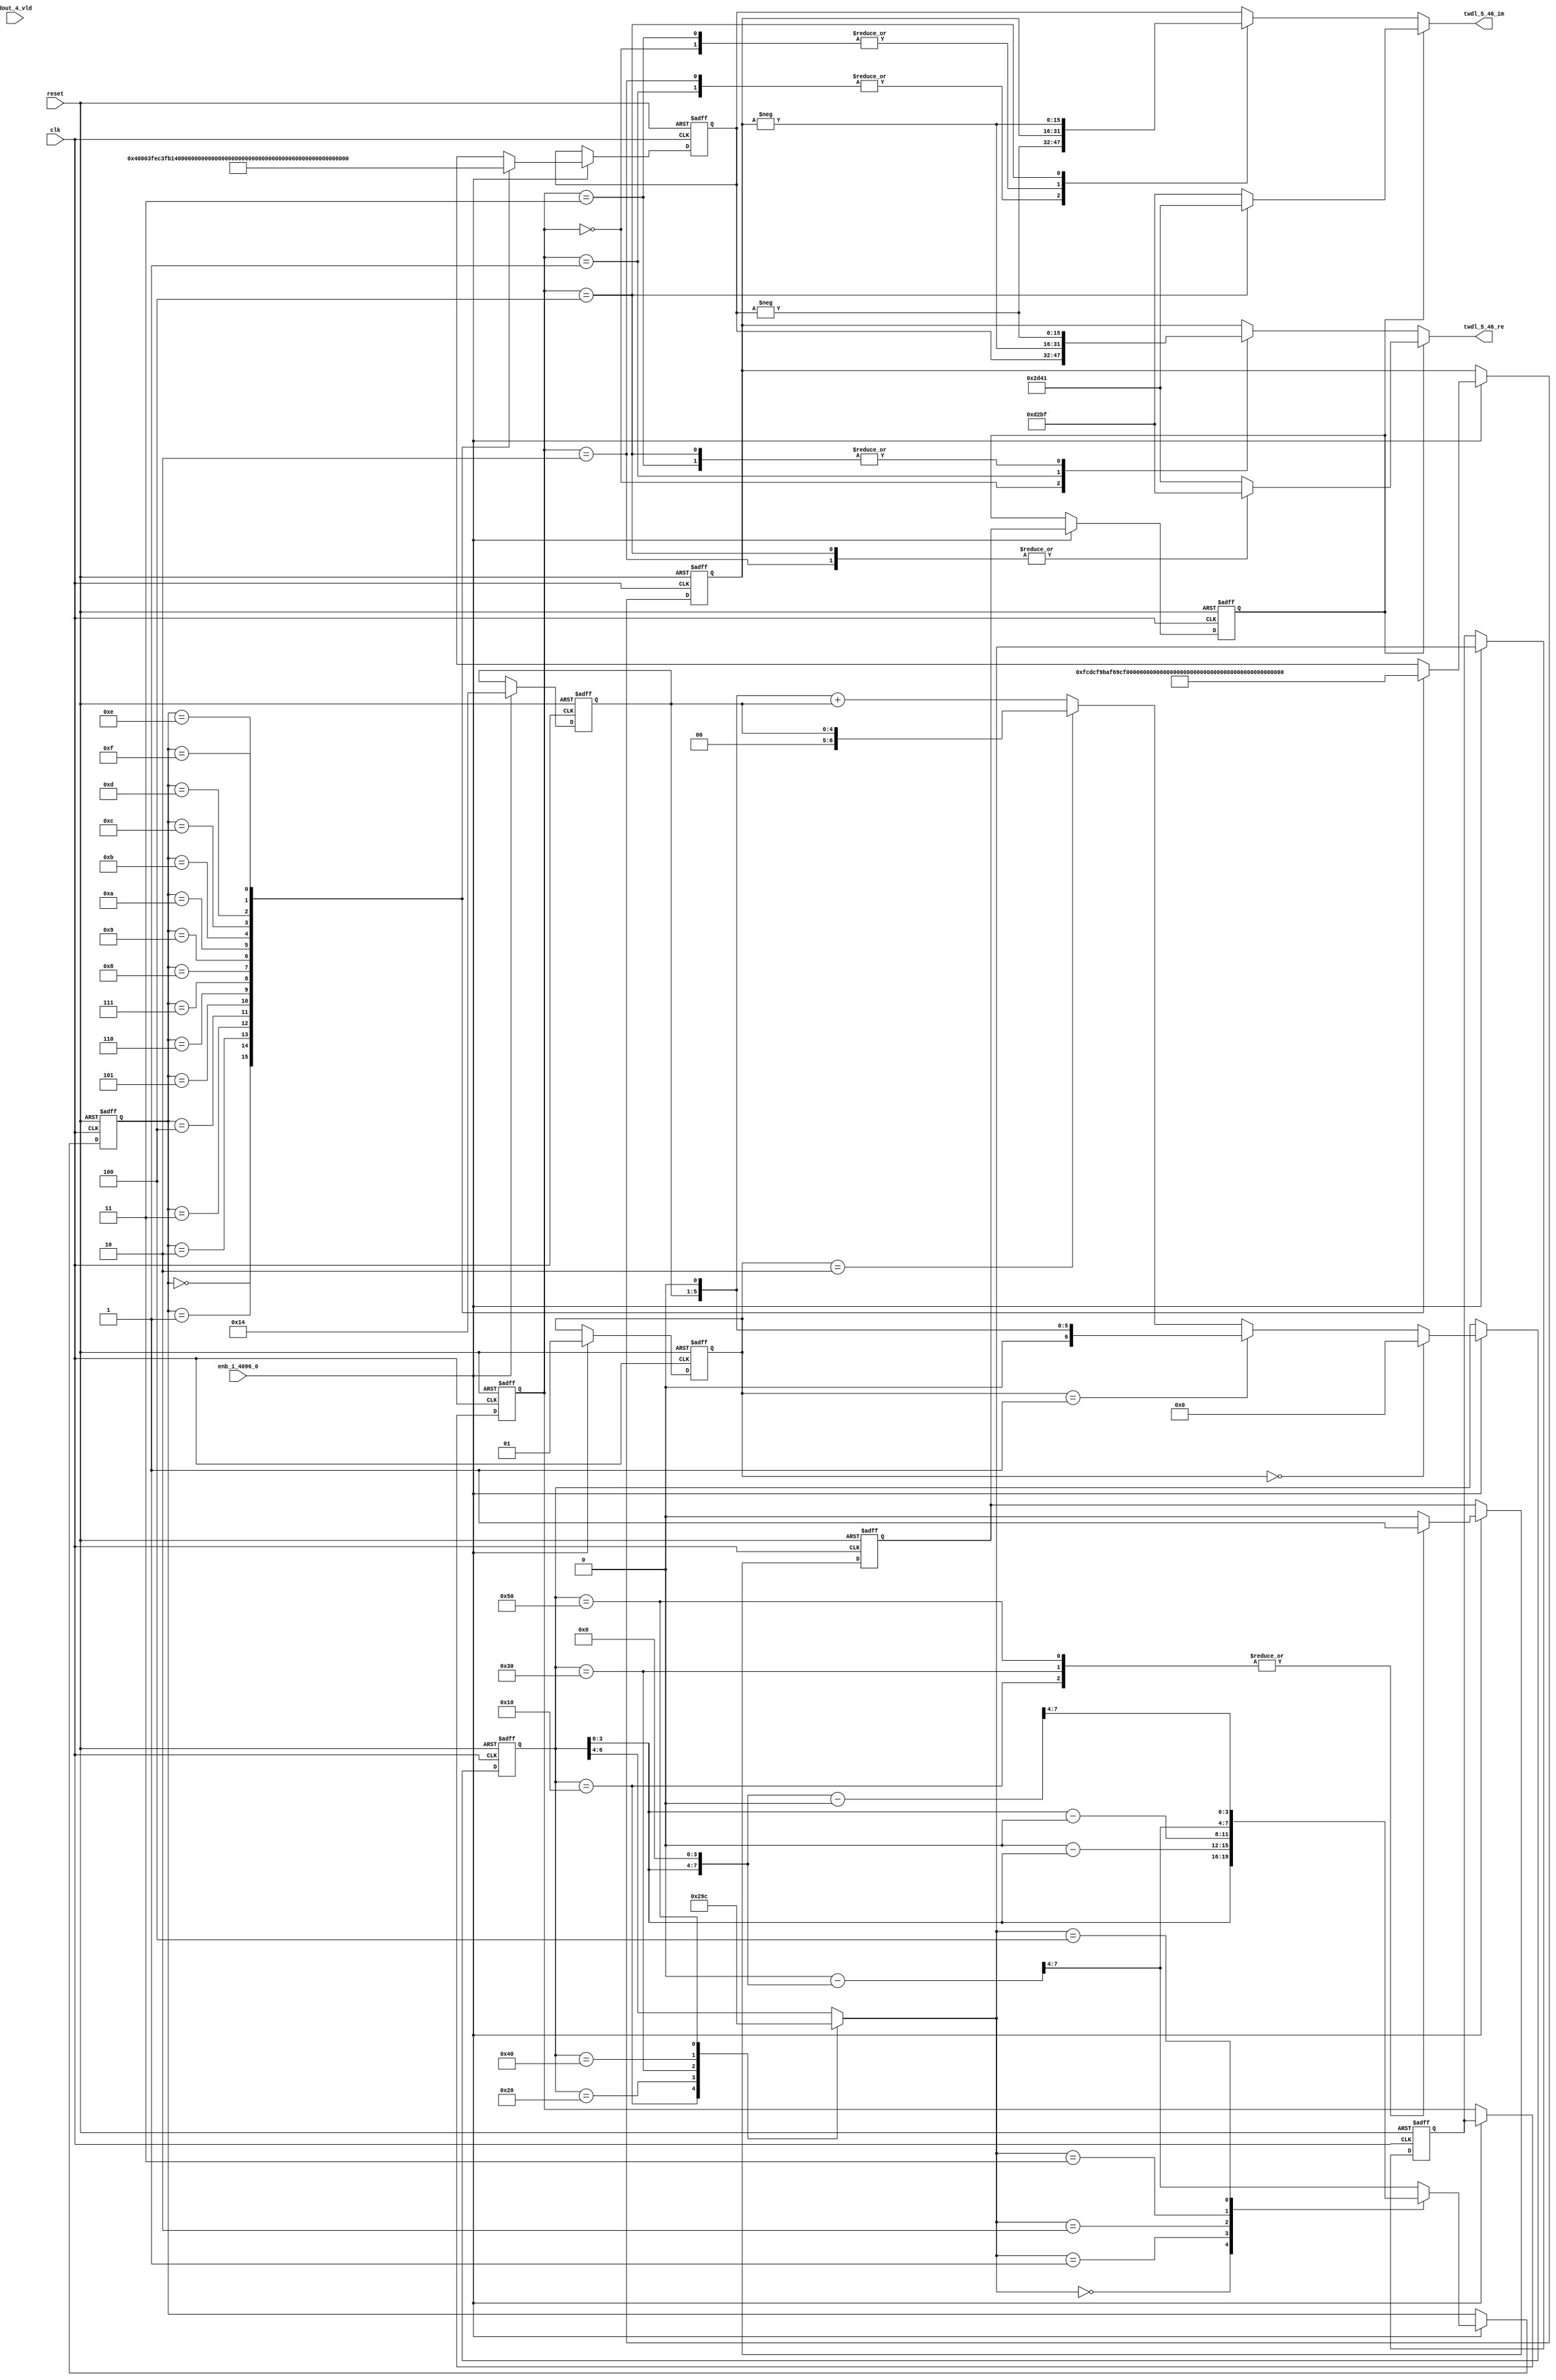
// -------------------------------------------------------------
// 
// 
// Generated by MATLAB 9.14 and HDL Coder 4.1
// 
// -------------------------------------------------------------


// -------------------------------------------------------------
// 
// Module: TWDLROM_5_46
// Source Path: dsphdl.IFFT/TWDLROM_5_46
// Hierarchy Level: 4
// 
// -------------------------------------------------------------

`timescale 1 ns / 1 ns

module TWDLROM_5_46
          (clk,
           reset,
           enb_1_4096_0,
           dout_4_vld,
           twdl_5_46_re,
           twdl_5_46_im);


  input   clk;
  input   reset;
  input   enb_1_4096_0;
  input   dout_4_vld;
  output  signed [15:0] twdl_5_46_re;  // sfix16_En14
  output  signed [15:0] twdl_5_46_im;  // sfix16_En14


  reg [4:0] Radix22TwdlMapping_cnt;  // ufix5
  reg [1:0] Radix22TwdlMapping_phase;  // ufix2
  reg [2:0] Radix22TwdlMapping_octantReg1;  // ufix3
  reg [6:0] Radix22TwdlMapping_twdlAddr_raw;  // ufix7
  reg [3:0] Radix22TwdlMapping_twdlAddrMap;  // ufix4
  reg  Radix22TwdlMapping_twdl45Reg;
  reg  Radix22TwdlMapping_dvldReg1;
  reg  Radix22TwdlMapping_dvldReg2;
  reg [4:0] Radix22TwdlMapping_cnt_next;  // ufix5
  reg [1:0] Radix22TwdlMapping_phase_next;  // ufix2
  reg [2:0] Radix22TwdlMapping_octantReg1_next;  // ufix3
  reg [6:0] Radix22TwdlMapping_twdlAddr_raw_next;  // ufix7
  reg [3:0] Radix22TwdlMapping_twdlAddrMap_next;  // ufix4
  reg  Radix22TwdlMapping_twdl45Reg_next;
  reg  Radix22TwdlMapping_dvldReg1_next;
  reg  Radix22TwdlMapping_dvldReg2_next;
  reg [3:0] twdlAddr;  // ufix4
  reg  twdlAddrVld;
  reg [2:0] twdlOctant;  // ufix3
  reg  twdl45;
  wire signed [15:0] Twiddle_re_table_data [0:15];  // sfix16_En14 [16]
  wire signed [15:0] twiddleS_re;  // sfix16_En14
  reg signed [15:0] twiddleReg_re;  // sfix16_En14
  wire signed [15:0] Twiddle_im_table_data [0:15];  // sfix16_En14 [16]
  wire signed [15:0] twiddleS_im;  // sfix16_En14
  reg signed [15:0] twiddleReg_im;  // sfix16_En14
  reg [2:0] twdlOctantReg;  // ufix3
  reg  twdl45Reg;
  reg signed [15:0] twdl_5_46_re_1;  // sfix16_En14
  reg signed [15:0] twdl_5_46_im_1;  // sfix16_En14
  reg [2:0] Radix22TwdlMapping_octant;  // ufix3
  reg [6:0] Radix22TwdlMapping_cnt_cast;  // ufix7
  reg signed [15:0] Radix22TwdlMapping_sub_cast;  // sfix16_En4
  reg signed [15:0] Radix22TwdlMapping_sub_temp;  // sfix16_En4
  reg signed [8:0] Radix22TwdlMapping_sub_temp_0;  // sfix9
  reg signed [8:0] Radix22TwdlMapping_sub_temp_1;  // sfix9
  reg signed [15:0] Radix22TwdlMapping_sub_cast_0;  // sfix16_En4
  reg signed [15:0] Radix22TwdlMapping_sub_temp_2;  // sfix16_En4
  reg signed [15:0] Radix22TwdlMapping_sub_cast_1;  // sfix16_En4
  reg signed [15:0] Radix22TwdlMapping_sub_temp_3;  // sfix16_En4
  reg [6:0] Radix22TwdlMapping_t_0_0;  // ufix7
  reg signed [8:0] Radix22TwdlMapping_t_1;  // sfix9
  reg signed [8:0] Radix22TwdlMapping_t_2_0;  // sfix9
  reg signed [15:0] Radix22TwdlOctCorr_twdlIn_re;  // sfix16_En14
  reg signed [15:0] Radix22TwdlOctCorr_twdlIn_im;  // sfix16_En14
  reg signed [16:0] Radix22TwdlOctCorr_cast;  // sfix17_En14
  reg signed [16:0] Radix22TwdlOctCorr_cast_0;  // sfix17_En14
  reg signed [16:0] Radix22TwdlOctCorr_cast_1;  // sfix17_En14
  reg signed [16:0] Radix22TwdlOctCorr_cast_2;  // sfix17_En14
  reg signed [16:0] Radix22TwdlOctCorr_cast_3;  // sfix17_En14
  reg signed [16:0] Radix22TwdlOctCorr_cast_4;  // sfix17_En14
  reg signed [16:0] Radix22TwdlOctCorr_cast_5;  // sfix17_En14
  reg signed [16:0] Radix22TwdlOctCorr_cast_6;  // sfix17_En14
  reg signed [16:0] Radix22TwdlOctCorr_cast_7;  // sfix17_En14
  reg signed [16:0] Radix22TwdlOctCorr_cast_8;  // sfix17_En14
  reg signed [16:0] Radix22TwdlOctCorr_cast_9;  // sfix17_En14
  reg signed [16:0] Radix22TwdlOctCorr_cast_10;  // sfix17_En14


  // Radix22TwdlMapping
  always @(posedge clk or posedge reset)
    begin : Radix22TwdlMapping_process
      if (reset == 1'b1) begin
        Radix22TwdlMapping_octantReg1 <= 3'b000;
        Radix22TwdlMapping_twdlAddr_raw <= 7'b0000000;
        Radix22TwdlMapping_twdlAddrMap <= 4'b0000;
        Radix22TwdlMapping_twdl45Reg <= 1'b0;
        Radix22TwdlMapping_dvldReg1 <= 1'b0;
        Radix22TwdlMapping_dvldReg2 <= 1'b0;
        Radix22TwdlMapping_cnt <= 5'b10100;
        Radix22TwdlMapping_phase <= 2'b01;
      end
      else begin
        if (enb_1_4096_0) begin
          Radix22TwdlMapping_cnt <= Radix22TwdlMapping_cnt_next;
          Radix22TwdlMapping_phase <= Radix22TwdlMapping_phase_next;
          Radix22TwdlMapping_octantReg1 <= Radix22TwdlMapping_octantReg1_next;
          Radix22TwdlMapping_twdlAddr_raw <= Radix22TwdlMapping_twdlAddr_raw_next;
          Radix22TwdlMapping_twdlAddrMap <= Radix22TwdlMapping_twdlAddrMap_next;
          Radix22TwdlMapping_twdl45Reg <= Radix22TwdlMapping_twdl45Reg_next;
          Radix22TwdlMapping_dvldReg1 <= Radix22TwdlMapping_dvldReg1_next;
          Radix22TwdlMapping_dvldReg2 <= Radix22TwdlMapping_dvldReg2_next;
        end
      end
    end

  always @(Radix22TwdlMapping_cnt, Radix22TwdlMapping_dvldReg1,
       Radix22TwdlMapping_dvldReg2, Radix22TwdlMapping_octantReg1,
       Radix22TwdlMapping_phase, Radix22TwdlMapping_twdl45Reg,
       Radix22TwdlMapping_twdlAddrMap, Radix22TwdlMapping_twdlAddr_raw,
       dout_4_vld) begin
    Radix22TwdlMapping_sub_temp = 16'sb0000000000000000;
    Radix22TwdlMapping_sub_temp_0 = 9'sb000000000;
    Radix22TwdlMapping_sub_temp_1 = 9'sb000000000;
    Radix22TwdlMapping_sub_temp_2 = 16'sb0000000000000000;
    Radix22TwdlMapping_sub_temp_3 = 16'sb0000000000000000;
    Radix22TwdlMapping_sub_cast_1 = 16'sb0000000000000000;
    Radix22TwdlMapping_t_0_0 = 7'b0000000;
    Radix22TwdlMapping_cnt_cast = 7'b0000000;
    Radix22TwdlMapping_sub_cast_0 = 16'sb0000000000000000;
    Radix22TwdlMapping_t_2_0 = 9'sb000000000;
    Radix22TwdlMapping_t_1 = 9'sb000000000;
    Radix22TwdlMapping_sub_cast = 16'sb0000000000000000;
    Radix22TwdlMapping_dvldReg2_next = Radix22TwdlMapping_dvldReg1;
    Radix22TwdlMapping_dvldReg1_next = dout_4_vld;
    case ( Radix22TwdlMapping_twdlAddr_raw)
      7'b0010000 :
        begin
          Radix22TwdlMapping_octant = 3'b000;
          Radix22TwdlMapping_twdl45Reg_next = 1'b1;
        end
      7'b0100000 :
        begin
          Radix22TwdlMapping_octant = 3'b001;
          Radix22TwdlMapping_twdl45Reg_next = 1'b0;
        end
      7'b0110000 :
        begin
          Radix22TwdlMapping_octant = 3'b010;
          Radix22TwdlMapping_twdl45Reg_next = 1'b1;
        end
      7'b1000000 :
        begin
          Radix22TwdlMapping_octant = 3'b011;
          Radix22TwdlMapping_twdl45Reg_next = 1'b0;
        end
      7'b1010000 :
        begin
          Radix22TwdlMapping_octant = 3'b100;
          Radix22TwdlMapping_twdl45Reg_next = 1'b1;
        end
      default :
        begin
          Radix22TwdlMapping_octant = Radix22TwdlMapping_twdlAddr_raw[6:4];
          Radix22TwdlMapping_twdl45Reg_next = 1'b0;
        end
    endcase
    Radix22TwdlMapping_octantReg1_next = Radix22TwdlMapping_octant;
    case ( Radix22TwdlMapping_octant)
      3'b000 :
        begin
          Radix22TwdlMapping_twdlAddrMap_next = Radix22TwdlMapping_twdlAddr_raw[3:0];
        end
      3'b001 :
        begin
          Radix22TwdlMapping_t_1 = {2'b0, Radix22TwdlMapping_twdlAddr_raw};
          Radix22TwdlMapping_sub_temp_0 = 9'sb000100000 - Radix22TwdlMapping_t_1;
          Radix22TwdlMapping_twdlAddrMap_next = Radix22TwdlMapping_sub_temp_0[3:0];
        end
      3'b010 :
        begin
          Radix22TwdlMapping_t_2_0 = {2'b0, Radix22TwdlMapping_twdlAddr_raw};
          Radix22TwdlMapping_sub_temp_1 = Radix22TwdlMapping_t_2_0 - 9'sb000100000;
          Radix22TwdlMapping_twdlAddrMap_next = Radix22TwdlMapping_sub_temp_1[3:0];
        end
      3'b011 :
        begin
          Radix22TwdlMapping_sub_cast_0 = {5'b0, {Radix22TwdlMapping_twdlAddr_raw, 4'b0000}};
          Radix22TwdlMapping_sub_temp_2 = 16'sb0000010000000000 - Radix22TwdlMapping_sub_cast_0;
          Radix22TwdlMapping_twdlAddrMap_next = Radix22TwdlMapping_sub_temp_2[7:4];
        end
      3'b100 :
        begin
          Radix22TwdlMapping_sub_cast_1 = {5'b0, {Radix22TwdlMapping_twdlAddr_raw, 4'b0000}};
          Radix22TwdlMapping_sub_temp_3 = Radix22TwdlMapping_sub_cast_1 - 16'sb0000010000000000;
          Radix22TwdlMapping_twdlAddrMap_next = Radix22TwdlMapping_sub_temp_3[7:4];
        end
      default :
        begin
          Radix22TwdlMapping_sub_cast = {5'b0, {Radix22TwdlMapping_twdlAddr_raw, 4'b0000}};
          Radix22TwdlMapping_sub_temp = 16'sb0000011000000000 - Radix22TwdlMapping_sub_cast;
          Radix22TwdlMapping_twdlAddrMap_next = Radix22TwdlMapping_sub_temp[7:4];
        end
    endcase
    if (Radix22TwdlMapping_phase == 2'b00) begin
      Radix22TwdlMapping_twdlAddr_raw_next = 7'b0000000;
    end
    else if (Radix22TwdlMapping_phase == 2'b01) begin
      Radix22TwdlMapping_t_0_0 = {2'b0, Radix22TwdlMapping_cnt};
      Radix22TwdlMapping_twdlAddr_raw_next = Radix22TwdlMapping_t_0_0 <<< 8'd1;
    end
    else if (Radix22TwdlMapping_phase == 2'b10) begin
      Radix22TwdlMapping_twdlAddr_raw_next = {2'b0, Radix22TwdlMapping_cnt};
    end
    else begin
      Radix22TwdlMapping_cnt_cast = {2'b0, Radix22TwdlMapping_cnt};
      Radix22TwdlMapping_twdlAddr_raw_next = (Radix22TwdlMapping_cnt_cast <<< 8'd1) + Radix22TwdlMapping_cnt_cast;
    end
    Radix22TwdlMapping_phase_next = 2'b01;
    Radix22TwdlMapping_cnt_next = 5'b10100;
    twdlAddr = Radix22TwdlMapping_twdlAddrMap;
    twdlAddrVld = Radix22TwdlMapping_dvldReg2;
    twdlOctant = Radix22TwdlMapping_octantReg1;
    twdl45 = Radix22TwdlMapping_twdl45Reg;
  end



  // Twiddle ROM1
  assign Twiddle_re_table_data[0] = 16'sb0100000000000000;
  assign Twiddle_re_table_data[1] = 16'sb0011111111101100;
  assign Twiddle_re_table_data[2] = 16'sb0011111110110001;
  assign Twiddle_re_table_data[3] = 16'sb0011111101001111;
  assign Twiddle_re_table_data[4] = 16'sb0011111011000101;
  assign Twiddle_re_table_data[5] = 16'sb0011111000010101;
  assign Twiddle_re_table_data[6] = 16'sb0011110100111111;
  assign Twiddle_re_table_data[7] = 16'sb0011110001000010;
  assign Twiddle_re_table_data[8] = 16'sb0011101100100001;
  assign Twiddle_re_table_data[9] = 16'sb0011100111011011;
  assign Twiddle_re_table_data[10] = 16'sb0011100001110001;
  assign Twiddle_re_table_data[11] = 16'sb0011011011100101;
  assign Twiddle_re_table_data[12] = 16'sb0011010100110111;
  assign Twiddle_re_table_data[13] = 16'sb0011001101101000;
  assign Twiddle_re_table_data[14] = 16'sb0011000101111001;
  assign Twiddle_re_table_data[15] = 16'sb0010111101101100;
  assign twiddleS_re = Twiddle_re_table_data[twdlAddr];



  always @(posedge clk or posedge reset)
    begin : TWIDDLEROM_RE_process
      if (reset == 1'b1) begin
        twiddleReg_re <= 16'sb0000000000000000;
      end
      else begin
        if (enb_1_4096_0) begin
          twiddleReg_re <= twiddleS_re;
        end
      end
    end



  // Twiddle ROM2
  assign Twiddle_im_table_data[0] = 16'sb0000000000000000;
  assign Twiddle_im_table_data[1] = 16'sb1111110011011100;
  assign Twiddle_im_table_data[2] = 16'sb1111100110111010;
  assign Twiddle_im_table_data[3] = 16'sb1111011010011100;
  assign Twiddle_im_table_data[4] = 16'sb1111001110000100;
  assign Twiddle_im_table_data[5] = 16'sb1111000001110011;
  assign Twiddle_im_table_data[6] = 16'sb1110110101101100;
  assign Twiddle_im_table_data[7] = 16'sb1110101001110000;
  assign Twiddle_im_table_data[8] = 16'sb1110011110000010;
  assign Twiddle_im_table_data[9] = 16'sb1110010010100011;
  assign Twiddle_im_table_data[10] = 16'sb1110000111010101;
  assign Twiddle_im_table_data[11] = 16'sb1101111100011001;
  assign Twiddle_im_table_data[12] = 16'sb1101110001110010;
  assign Twiddle_im_table_data[13] = 16'sb1101100111100000;
  assign Twiddle_im_table_data[14] = 16'sb1101011101100110;
  assign Twiddle_im_table_data[15] = 16'sb1101010100000101;
  assign twiddleS_im = Twiddle_im_table_data[twdlAddr];



  always @(posedge clk or posedge reset)
    begin : TWIDDLEROM_IM_process
      if (reset == 1'b1) begin
        twiddleReg_im <= 16'sb0000000000000000;
      end
      else begin
        if (enb_1_4096_0) begin
          twiddleReg_im <= twiddleS_im;
        end
      end
    end



  always @(posedge clk or posedge reset)
    begin : intdelay_process
      if (reset == 1'b1) begin
        twdlOctantReg <= 3'b000;
      end
      else begin
        if (enb_1_4096_0) begin
          twdlOctantReg <= twdlOctant;
        end
      end
    end



  always @(posedge clk or posedge reset)
    begin : intdelay_1_process
      if (reset == 1'b1) begin
        twdl45Reg <= 1'b0;
      end
      else begin
        if (enb_1_4096_0) begin
          twdl45Reg <= twdl45;
        end
      end
    end



  // Radix22TwdlOctCorr
  always @(twdl45Reg, twdlOctantReg, twiddleReg_im, twiddleReg_re) begin
    Radix22TwdlOctCorr_cast_0 = 17'sb00000000000000000;
    Radix22TwdlOctCorr_cast_2 = 17'sb00000000000000000;
    Radix22TwdlOctCorr_cast_4 = 17'sb00000000000000000;
    Radix22TwdlOctCorr_cast_6 = 17'sb00000000000000000;
    Radix22TwdlOctCorr_cast_8 = 17'sb00000000000000000;
    Radix22TwdlOctCorr_cast_10 = 17'sb00000000000000000;
    Radix22TwdlOctCorr_cast_3 = 17'sb00000000000000000;
    Radix22TwdlOctCorr_cast_9 = 17'sb00000000000000000;
    Radix22TwdlOctCorr_cast_1 = 17'sb00000000000000000;
    Radix22TwdlOctCorr_cast_7 = 17'sb00000000000000000;
    Radix22TwdlOctCorr_cast = 17'sb00000000000000000;
    Radix22TwdlOctCorr_cast_5 = 17'sb00000000000000000;
    Radix22TwdlOctCorr_twdlIn_re = twiddleReg_re;
    Radix22TwdlOctCorr_twdlIn_im = twiddleReg_im;
    if (twdl45Reg) begin
      case ( twdlOctantReg)
        3'b000 :
          begin
            Radix22TwdlOctCorr_twdlIn_re = 16'sb0010110101000001;
            Radix22TwdlOctCorr_twdlIn_im = 16'sb1101001010111111;
          end
        3'b010 :
          begin
            Radix22TwdlOctCorr_twdlIn_re = 16'sb1101001010111111;
            Radix22TwdlOctCorr_twdlIn_im = 16'sb1101001010111111;
          end
        3'b100 :
          begin
            Radix22TwdlOctCorr_twdlIn_re = 16'sb1101001010111111;
            Radix22TwdlOctCorr_twdlIn_im = 16'sb0010110101000001;
          end
        default :
          begin
            Radix22TwdlOctCorr_twdlIn_re = 16'sb0010110101000001;
            Radix22TwdlOctCorr_twdlIn_im = 16'sb1101001010111111;
          end
      endcase
    end
    else begin
      case ( twdlOctantReg)
        3'b000 :
          begin
          end
        3'b001 :
          begin
            Radix22TwdlOctCorr_cast = {twiddleReg_im[15], twiddleReg_im};
            Radix22TwdlOctCorr_cast_0 =  - (Radix22TwdlOctCorr_cast);
            Radix22TwdlOctCorr_twdlIn_re = Radix22TwdlOctCorr_cast_0[15:0];
            Radix22TwdlOctCorr_cast_5 = {twiddleReg_re[15], twiddleReg_re};
            Radix22TwdlOctCorr_cast_6 =  - (Radix22TwdlOctCorr_cast_5);
            Radix22TwdlOctCorr_twdlIn_im = Radix22TwdlOctCorr_cast_6[15:0];
          end
        3'b010 :
          begin
            Radix22TwdlOctCorr_twdlIn_re = twiddleReg_im;
            Radix22TwdlOctCorr_cast_7 = {twiddleReg_re[15], twiddleReg_re};
            Radix22TwdlOctCorr_cast_8 =  - (Radix22TwdlOctCorr_cast_7);
            Radix22TwdlOctCorr_twdlIn_im = Radix22TwdlOctCorr_cast_8[15:0];
          end
        3'b011 :
          begin
            Radix22TwdlOctCorr_cast_1 = {twiddleReg_re[15], twiddleReg_re};
            Radix22TwdlOctCorr_cast_2 =  - (Radix22TwdlOctCorr_cast_1);
            Radix22TwdlOctCorr_twdlIn_re = Radix22TwdlOctCorr_cast_2[15:0];
            Radix22TwdlOctCorr_twdlIn_im = twiddleReg_im;
          end
        3'b100 :
          begin
            Radix22TwdlOctCorr_cast_3 = {twiddleReg_re[15], twiddleReg_re};
            Radix22TwdlOctCorr_cast_4 =  - (Radix22TwdlOctCorr_cast_3);
            Radix22TwdlOctCorr_twdlIn_re = Radix22TwdlOctCorr_cast_4[15:0];
            Radix22TwdlOctCorr_cast_9 = {twiddleReg_im[15], twiddleReg_im};
            Radix22TwdlOctCorr_cast_10 =  - (Radix22TwdlOctCorr_cast_9);
            Radix22TwdlOctCorr_twdlIn_im = Radix22TwdlOctCorr_cast_10[15:0];
          end
        default :
          begin
            Radix22TwdlOctCorr_twdlIn_re = twiddleReg_im;
            Radix22TwdlOctCorr_twdlIn_im = twiddleReg_re;
          end
      endcase
    end
    twdl_5_46_re_1 = Radix22TwdlOctCorr_twdlIn_re;
    twdl_5_46_im_1 = Radix22TwdlOctCorr_twdlIn_im;
  end



  assign twdl_5_46_re = twdl_5_46_re_1;

  assign twdl_5_46_im = twdl_5_46_im_1;

endmodule  // TWDLROM_5_46